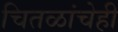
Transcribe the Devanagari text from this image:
चितळांचेही